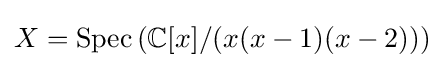
X={\text{Spec}}\left({\mathbb {C} [x]}/{(x(x-1)(x-2))}\right)